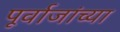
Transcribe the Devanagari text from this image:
पूर्वाजांच्या